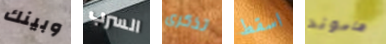
وبينك السرب تذكرى اسقط هاموند